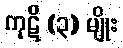
ကုဋိ (၃) မျိုး